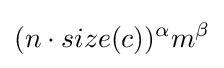
(n\cdot size(c))^{\alpha }m^{\beta }